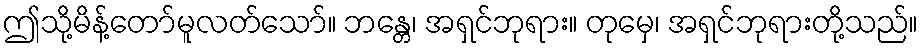
ဤသို့မိန့်တော်မူလတ်သော်။ ဘန္တေ၊ အရှင်ဘုရား။ တုမှေ၊ အရှင်ဘုရားတို့သည်။